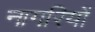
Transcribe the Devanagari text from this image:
नागरियों